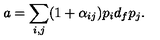
a = \sum _ { i , j } ( 1 + \alpha _ { i j } ) p _ { i } d _ { f } p _ { j } .